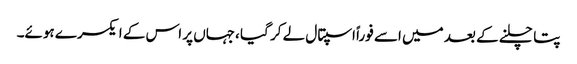
پتا چلنے کے بعد میں اسے فوراً اسپتال لے کر گیا ،جہاں پر اس کے ایکسرے ہوئے۔